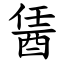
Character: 䣸